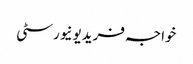
خواجہ فریدیونیورسٹی